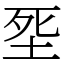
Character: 㘸